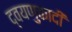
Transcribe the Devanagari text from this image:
द्वयणुकादी